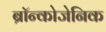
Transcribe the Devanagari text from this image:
ब्रॉन्कोजेनिक